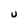
Character: U